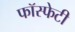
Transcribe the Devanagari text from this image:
फॉस्फेटी